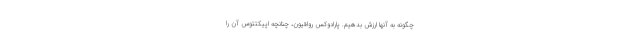
چگونه به آنها ارزش بدهیم. پارادوکس رواقیون، چنانچه اپیکتتوس آن را